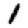
Digit: 1